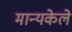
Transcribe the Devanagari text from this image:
मान्यकेले